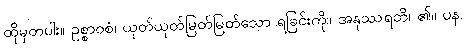
ထိုမှတပါး။ ဥစ္စာဝစံ၊ ယုတ်ယုတ်မြတ်မြတ်သော ရခြင်းကို။ အနုဿရတိ၊ ၏။ ပန၊